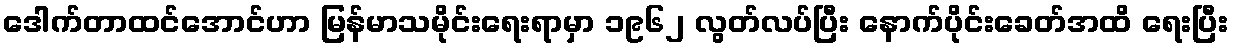
ဒေါက်တာထင်အောင်ဟာ မြန်မာသမိုင်းရေးရာမှာ ၁၉၆၂ လွတ်လပ်ပြီး နောက်ပိုင်းခေတ်အထိ ရေးပြီး